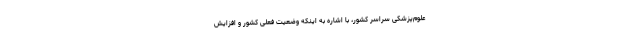
علوم‌پزشکی سراسر کشور، با اشاره به اینکه وضعیت فعلی کشور و افزایش